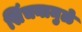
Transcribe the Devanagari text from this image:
सिंचनामुळे